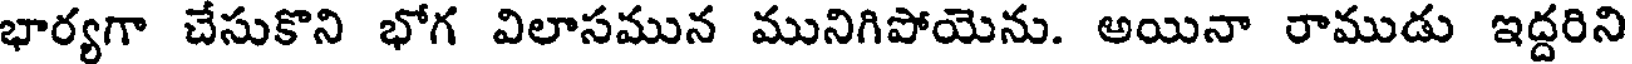
భార్యగా చేసుకొని భోగ విలాసమున మునిగిపోయెను. అయినా రాముడు ఇద్దరిని